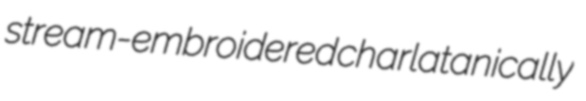
stream-embroidered charlatanically